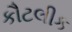
કૌટલીક